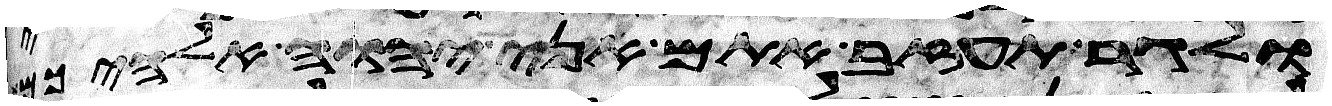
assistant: ולגר תעזב אתם אני יהוה אלהיכם